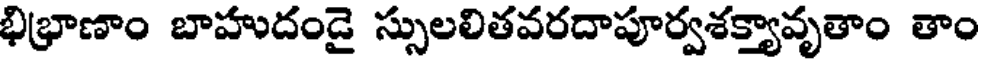
భిభ్రాణాం బాహుదండై స్సులలితవరదాపూర్వశక్త్యావృతాం తాం